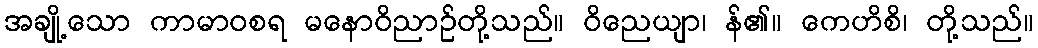
အချို့သော ကာမာဝစရ မနောဝိညာဉ်တို့သည်။ ဝိညေယျာ၊ န်၏။ ကေဟိစိ၊ တို့သည်။